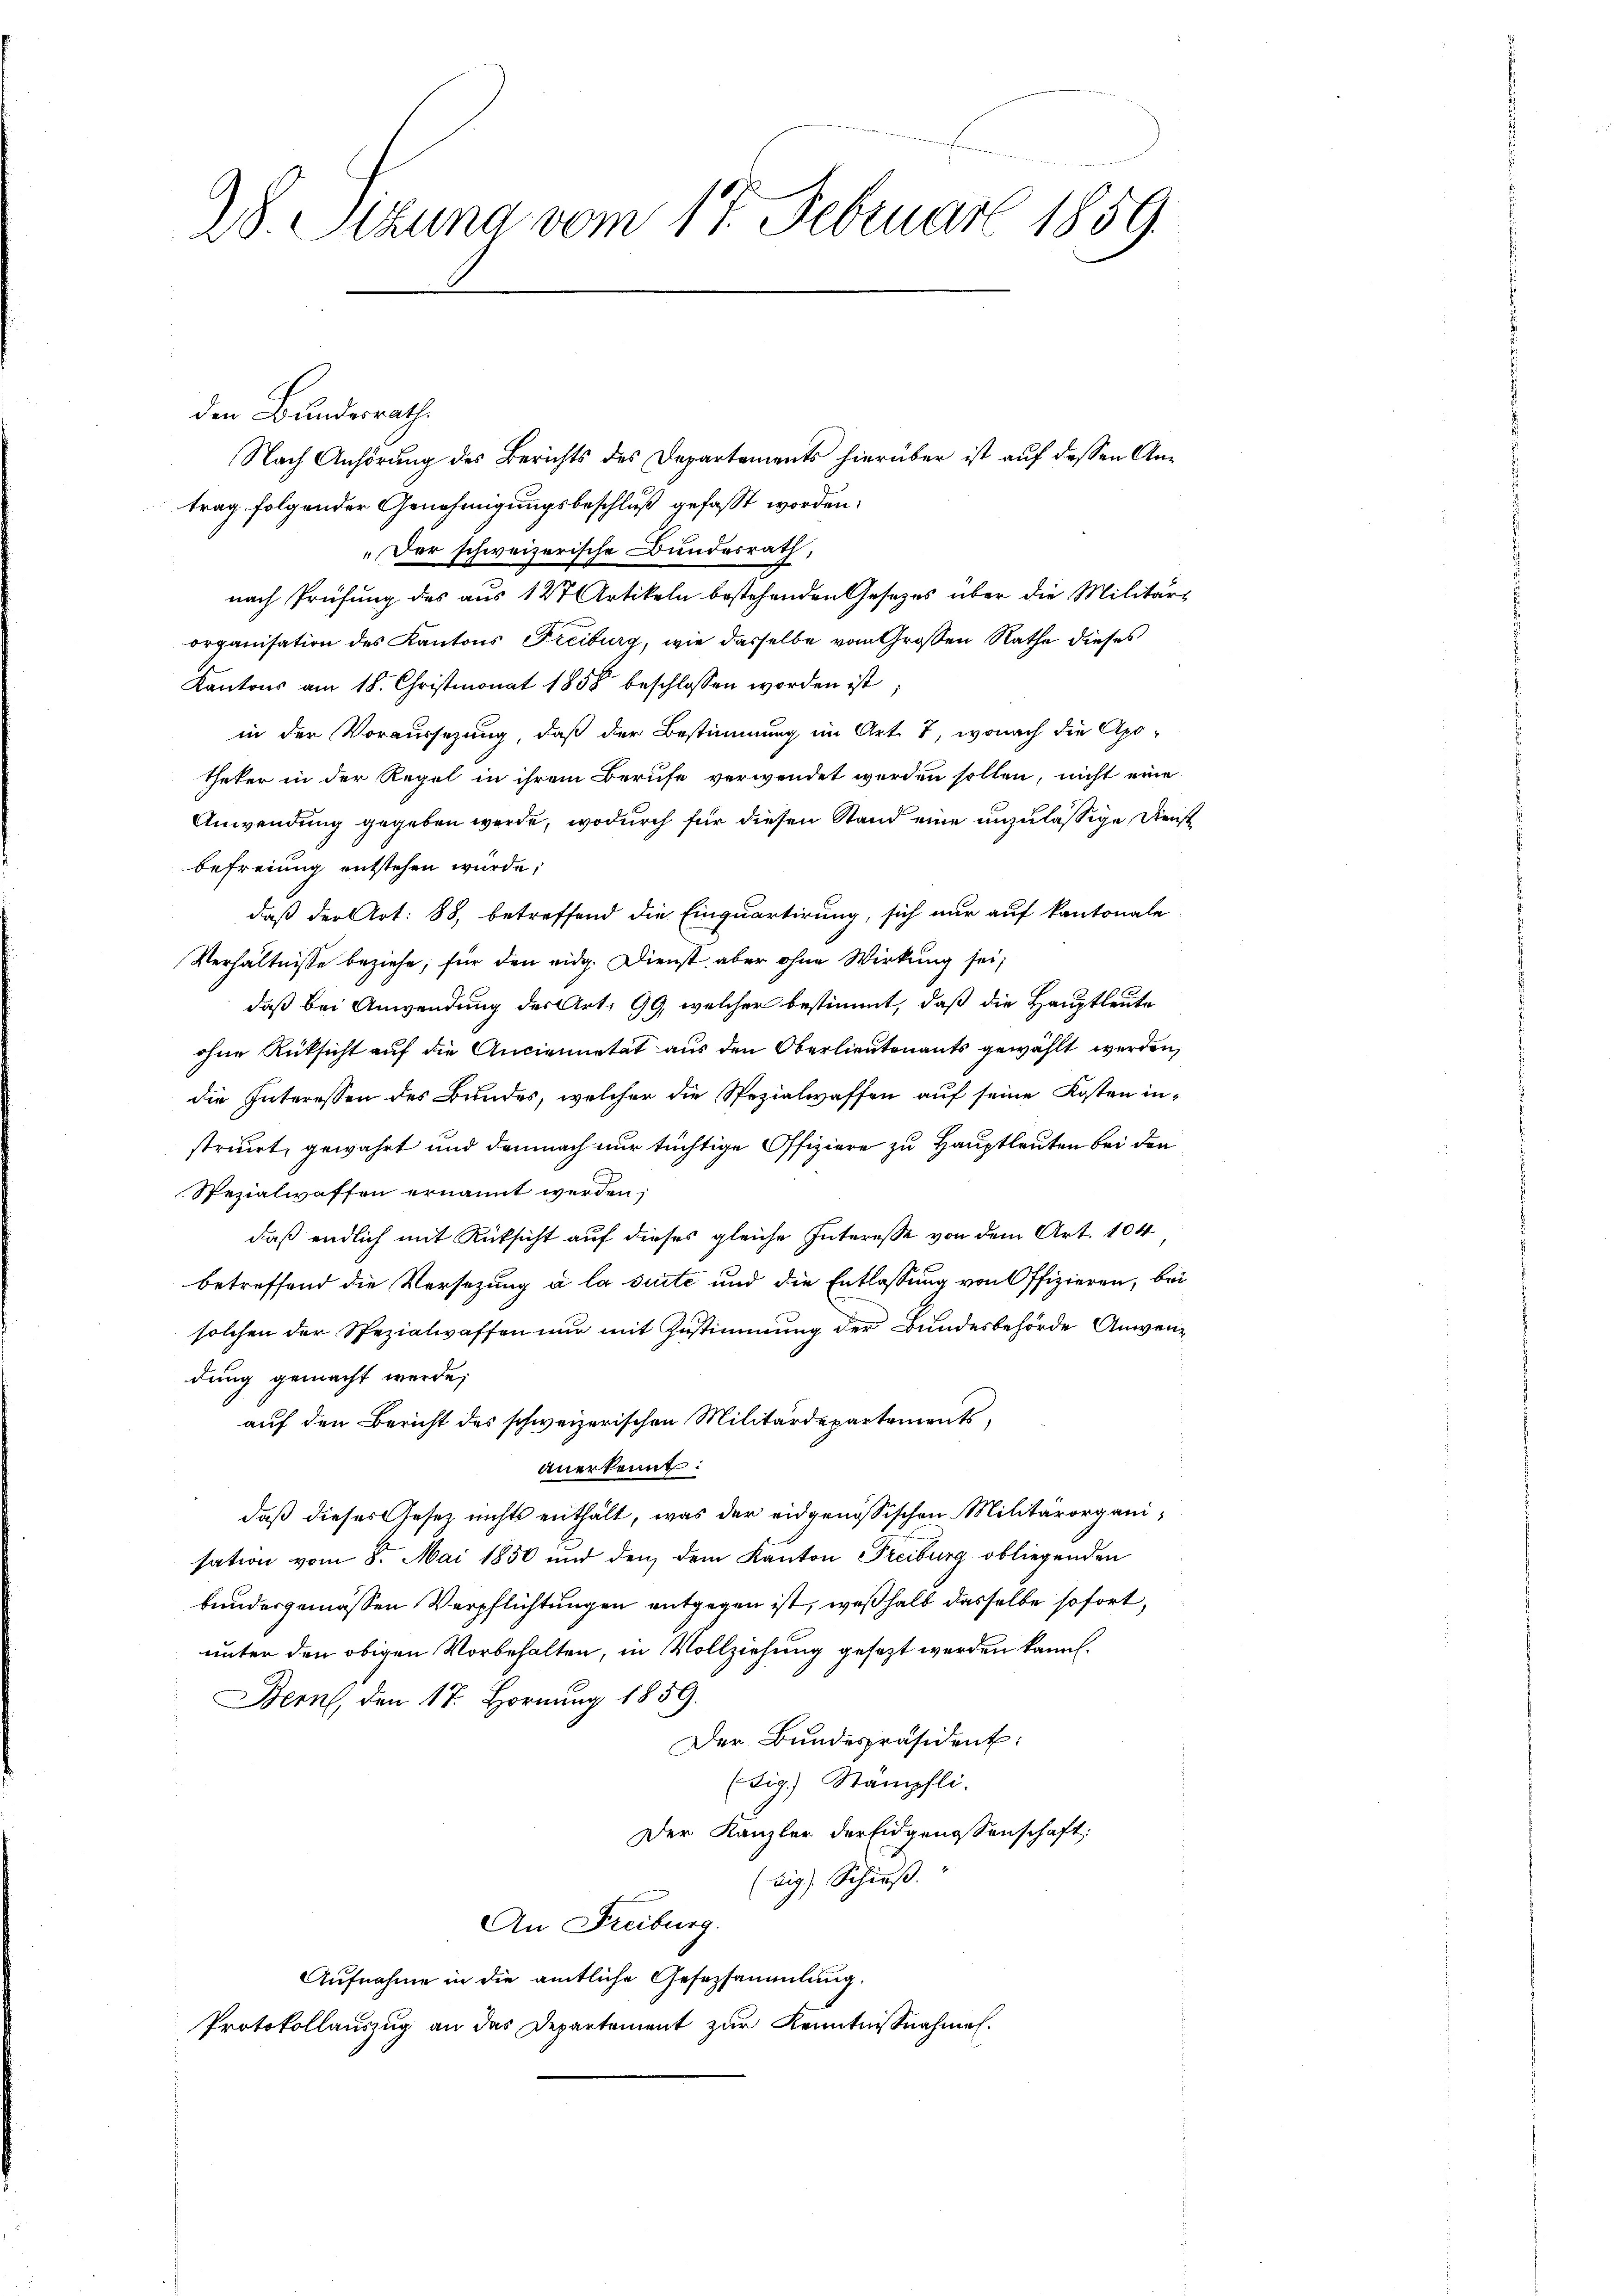
28. Pezuna vom 17. Februar 1859

den Bundesrath
Nach Anhörung des Berichts des Departements hierüber ist auf dessen Antrag folgender Genehmigungsbeschluß gefaßt worden:
Der schweizerische Bundesrath,
nach Prüfung des aus 127 Artikeln bestehenden Gesetzes über die Militärs
organisation des Kantons Freiburg, wie dasselbe vom Großen Rathe dieses
Kantons am 18. Christmonat 1858 beschlossen worden ist
in der Voraussezung, daß der Bestimmung im Art. 7, wonach die Apotheker in der Regel in ihrem Berufe verwendet werden sollen, nicht eine
Anwendung gegeben werde, wodurch für diesen Stand eine unzulässige Dienst
befreiung entstehen wurde;
daß der Art: 88, betreffend die Einquartirung, sich nur auf kantonale
Verhältnisse beziehe, für den eidg. Dienst, aber ohne Wirkung sei,
daß bei Anwendung der Art. 99, welcher bestimmt, daß die Hauptleute
ohne Rücksicht auf die Anciennetät aus den Oberlieutenants gewählt werden,
die Interessen des Bundes, welcher die Spezialwaffen auf seine Kosten instrirt, gewährt und demnach nur tüchtige Offiziere zu Hauptleuten bei den
Spezialwaffen ernannt werden;
daß endlich mit Rüksicht auf dieses gleiche Interesse von dem Art. 104
betreffend die Versezung a la suite und die Entlassung von Offizieren, bei
solchen der Spezialwaffen nur mit Zustimmung der Bundesbehörde Anwendung gemacht werde;
auf den Bericht des schweizerischen Militärdepartements,
anerkennt:
daß dieses Gesetz nichts enthält, was der eidgenössischen Militärorganisation vom 8. Mai 1850 und den dem Kanton Freiburg obliegenden
bundesgemässen Verpflichtungen entgegen ist, weßhalb dasselbe sofort,
unter den obigen Vorbehalten, in Vollziehung gesezt werden kann.
Bern, den 17. Hornung 1859.
Der Bundespräsident:
(sig.) Stämpfli
Der Kanzler der Eidgenossenschaft
(sig.) Schluß.
An Freiburg.
Aufnahme in die amtliche Gesezsammlung.
Protokollauszug an das Departement zur Kenntnißnahmen.